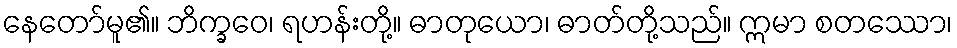
နေတော်မူ၏။ ဘိက္ခဝေ၊ ရဟန်းတို့။ ဓာတုယော၊ ဓာတ်တို့သည်။ ဣမာ စတဿော၊